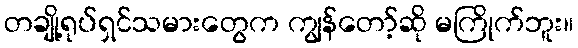
တချို့ရုပ်ရှင်သမားတွေက ကျွန်တော့်ဆို မကြိုက်ဘူး။